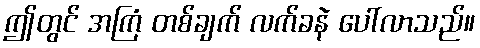
ဤတွင် အကြံ တစ်ချက် လက်ခနဲ ပေါ်လာသည်။